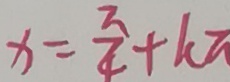
x = \frac { \pi } { 4 } + k \pi